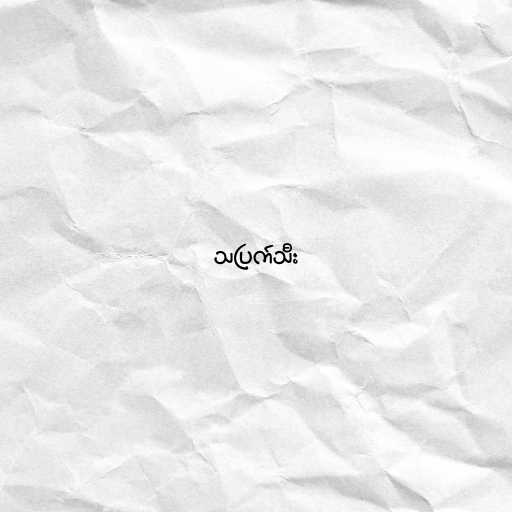
သပြက်သီး